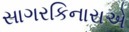
સાગરકિનારાએ